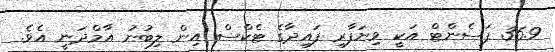
36.9 ޕަސެންޓް އަކީ ވިޔަފާރި ފައިދާގެ ޓެކްސް އިން ލިބުނު އާމްދަނީ އެވެ.